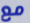
مع